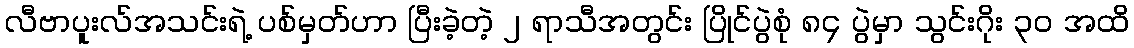
လီဗာပူးလ်အသင်းရဲ့ ပစ်မှတ်ဟာ ပြီးခဲ့တဲ့ ၂ ရာသီအတွင်း ပြိုင်ပွဲစုံ ၈၄ ပွဲမှာ သွင်းဂိုး ၃၀ အထိ